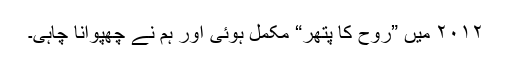
۲۰۱۲ میں ”روح کا پتھر“ مکمل ہوئی اور ہم نے چھپوانا چاہی۔